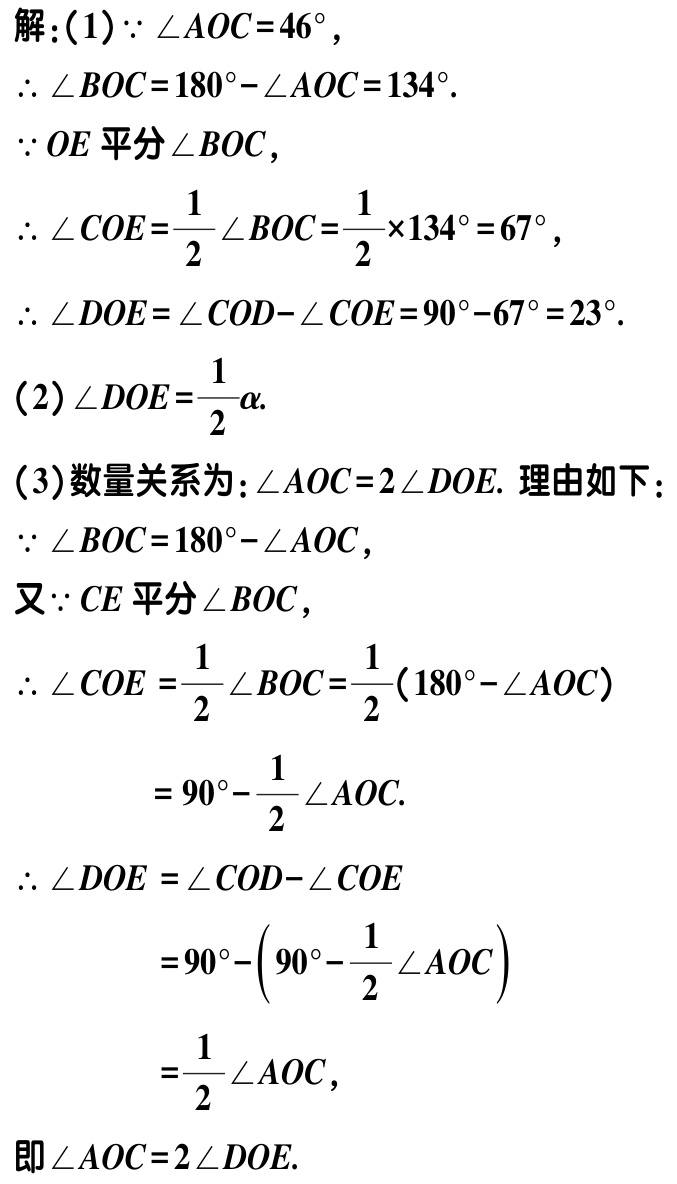
解：(1)$\because \angle AOC = 46^{\circ}$，
$\therefore \angle BOC=180^{\circ}-\angle AOC = 134^{\circ}$.
$\because OE$平分$\angle BOC$，
$\therefore \angle COE=\frac{1}{2}\angle BOC=\frac{1}{2}\times134^{\circ}=67^{\circ}$，
$\therefore \angle DOE=\angle COD - \angle COE=90^{\circ}-67^{\circ}=23^{\circ}$.
(2)$\angle DOE=\frac{1}{2}\alpha$.
(3)数量关系为：$\angle AOC = 2\angle DOE$. 理由如下：
$\because \angle BOC=180^{\circ}-\angle AOC$，
又$\because CE$平分$\angle BOC$，
$\therefore \angle COE=\frac{1}{2}\angle BOC=\frac{1}{2}(180^{\circ}-\angle AOC)$
$=90^{\circ}-\frac{1}{2}\angle AOC$.
$\therefore \angle DOE=\angle COD - \angle COE$
$=90^{\circ}-(90^{\circ}-\frac{1}{2}\angle AOC)$
$=\frac{1}{2}\angle AOC$，
即$\angle AOC = 2\angle DOE$.